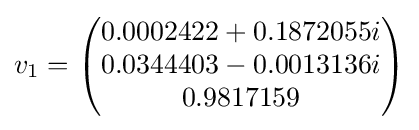
v_{1}={\begin{pmatrix}0.0002422+0.1872055i\\0.0344403-0.0013136i\\0.9817159\\\end{pmatrix}}